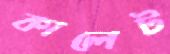
কালেট